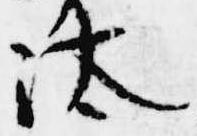
汰